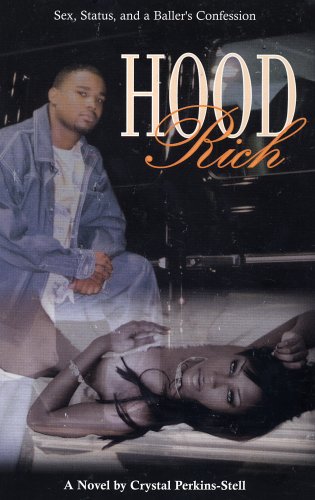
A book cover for Hood Rich; Crystal Perkins-Stell; Romance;